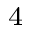
^ { 4 }